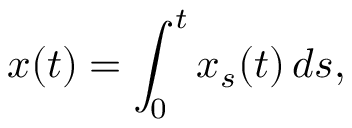
x ( t ) = \int _ { 0 } ^ { t } x _ { s } ( t ) \, d s ,